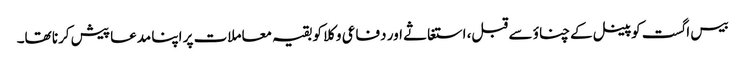
بیس اگست کو پینل کےچناؤ سے قبل، استغاثے اور دفاعی وکلا کو بقیہ معاملات پر اپنا مدعا پیش کرنا تھا۔